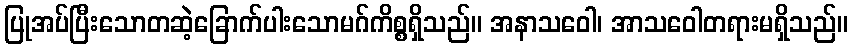
ပြုအပ်ပြီးသောတဆဲ့ခြောက်ပါးသောမဂ်ကိစ္စရှိသည်။ အနာသဝေါ၊ အာသဝေါတရားမရှိသည်။